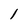
Character: l